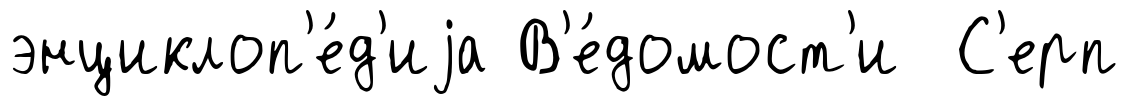
энциклоп'е́д'иjа В'е́домост'и С'ерп